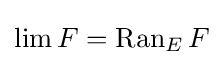
\lim F=\operatorname {Ran} _{E}F